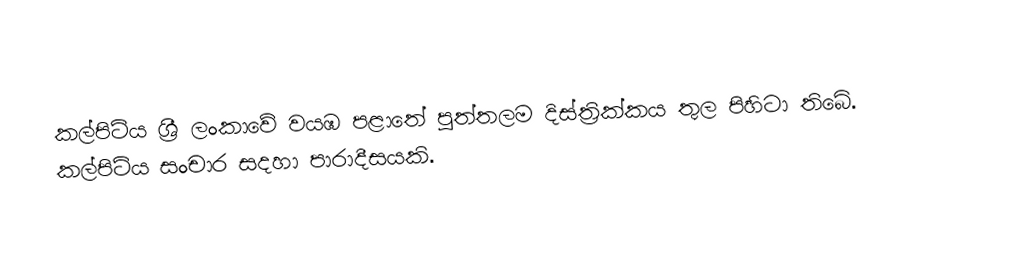
කල්පිටිය ශ්‍රී ලංකාවේ වයඹ පළාතේ පුත්තලම දිස්ත්‍රික්කය තුල පිහිටා තිබේ. කල්පිටිය සංචාර සදහා පාරාදීසයකි.